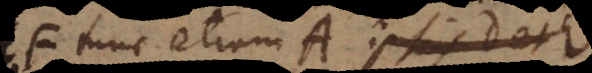
F tunc etiam A itemque